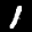
Label: 1